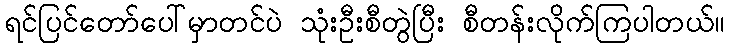
ရင်ပြင်တော်ပေါ်မှာတင်ပဲ သုံးဦးစီတွဲပြီး စီတန်းလိုက်ကြပါတယ်။